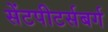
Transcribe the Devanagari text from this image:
सेंटपीटर्सबर्ग